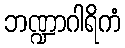
ဘဏ္ဍာဂါရိကံ